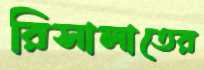
রিসালাতের